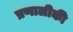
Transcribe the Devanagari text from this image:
प्रणालीकी